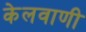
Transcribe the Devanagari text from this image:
केलवाणी